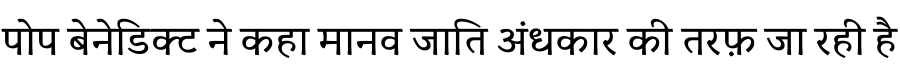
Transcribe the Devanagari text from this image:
पोप बेनेडिक्ट ने कहा मानव जाति अंधकार की तरफ़ जा रही है